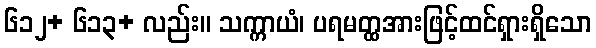
၆၁၂+ ၆၁၃+ လည်း။ သက္ကာယံ၊ ပရမတ္ထအားဖြင့်ထင်ရှားရှိသော